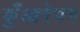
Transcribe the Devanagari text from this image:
कुँआरेपन